Annual report on the working of the lock hospitals in the Central Provinces
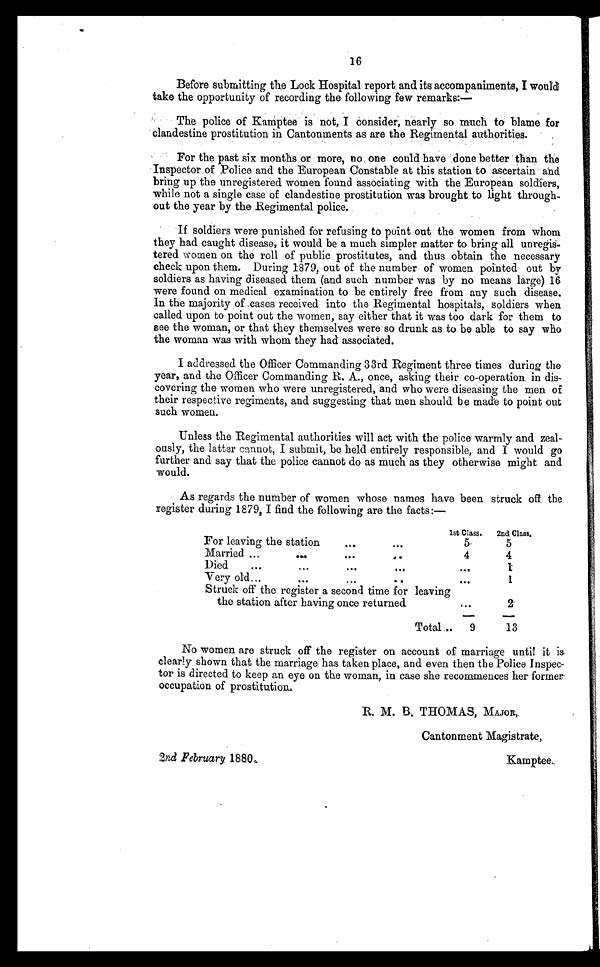
16
Before submitting the Lock Hospital report and its accompaniments,. I would
take the opportunity of recording the following few remarks:—
The police of Kamptee is not, I Consider, nearly so much to blame for
clandestine prostitution in Cantonments as are the Regimental authorities.
For the past six months or more, no one could have done better than the
Inspector of Police and the European Constable at this station to ascertain and
bring up the unregistered women found associating with the European soldiers,
while not a single case of clandestine prostitution was brought to light through
out the year by the Regimental police.
If soldiers were punished for refusing to point out the women from whom
they had caught disease, it would be a much simpler matter to bring all unregi
s t e r e d w o m e n o n t h e r o l l o f p u b l i c p r o s t i t u t e s , a n d t h u s o b t a i n t h e n e c e s s a r y
check upon them. During 1879, out of the number of women pointed out by
soldiers as having diseased them (and such number was by no means large) 16
were found on medical examination to be entirely free from any such disease.
In the majority of cases received into the Regimental hospitals, soldiers when
called upon to point out the women, say either that it was too dark for them to
see the woman, or that they themselves were so drunk as to be able to say who
the woman was with whom they had associated.
I addressed the Officer Commanding 33rd Regiment three times during the
year, and the Officer Commanding R. A., once, asking their co-operation. in dis
covering the women who were unregistered, and who were diseasing the men of
their respective regiments, and suggesting that men should be made to point out
such women.
Unless the Regimental authorities will act with the police warmly and zeal
ously, the latter cannot, I submit, be held entirely responsible, and I would go
further and say that the police cannot do as much as they otherwise might and
would.
As regards the number of women whose names have been struck off the
register during 1879, I find the following are the facts:—
1st Class.
2nd Class.
For leaving the station
. . . ...
5
5
Married...
... ...
...
4
4
Died
...
. . . •••
...
. . .
1
Very old...
...
...
. . .
1
Struck off the register a second time for leaving
the station after having once returned
. . .
2
Total...
9
13
No women are struck off the register on account of marriage until it is
clearly shown that the marriage has taken place, and even then the Police Inspec
tor is directed to keep an eye on the woman, in case she recommences her former
occupation of prostitution.
2nd February 1880.
R. M. B. THOMAS, MAJOR,
Cantonment Magistrate,
Kamptee.